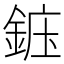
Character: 𬫝